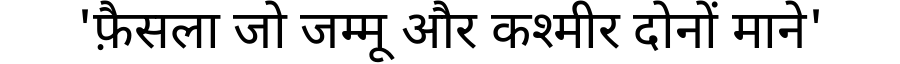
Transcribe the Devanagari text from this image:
'फ़ैसला जो जम्मू और कश्मीर दोनों माने'